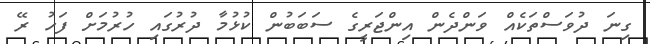
ގިނަ ދުވަސްތަކެއް ވަންދެން އިންޖަރީގެ ސަބަބުން ކުޅުމާ ދުރުގައި ހުރުމަށް ފަހު ރޭ